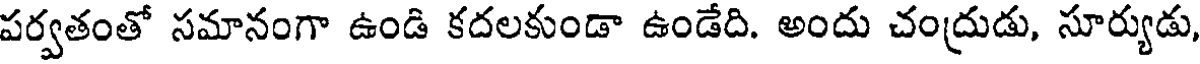
పర్వతంతో సమానంగా ఉండి కదలకుండా ఉండేది. అందు చంద్రుడు, సూర్యుడు,